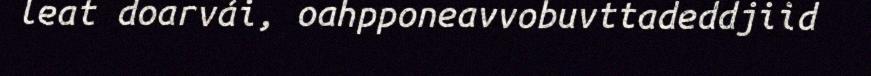
leat doarvái, oahpponeavvobuvttadeddjiid